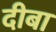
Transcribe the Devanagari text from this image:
दीबा